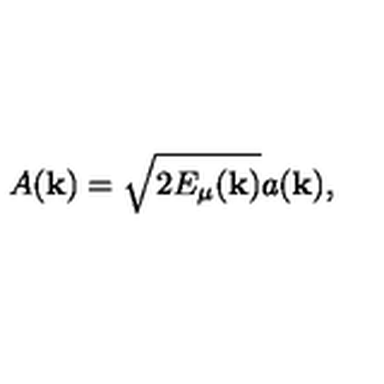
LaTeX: A ( { \bf k } ) = \sqrt { 2 E _ { \mu } ( { \bf k } ) } a ( { \bf k } ) ,